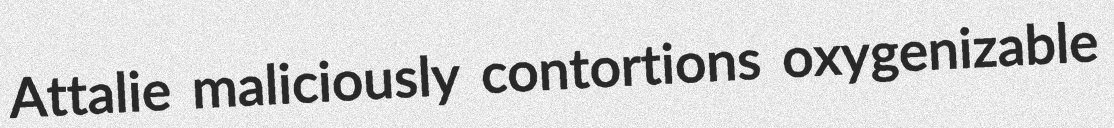
Attalie maliciously contortions oxygenizable